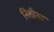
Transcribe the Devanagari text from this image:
निशीना